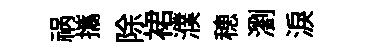
祸攜除裙濮穂瀏淚